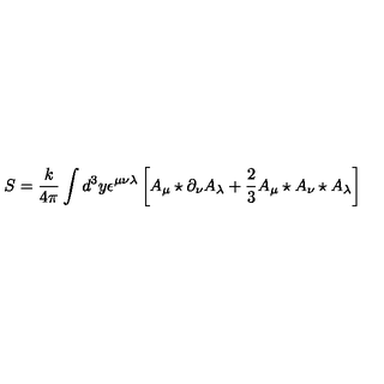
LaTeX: S = \frac { k } { 4 \pi } \int d ^ { 3 } y \epsilon ^ { \mu \nu \lambda } \left[ A _ { \mu } \star \partial _ { \nu } A _ { \lambda } + \frac { 2 } { 3 } A _ { \mu } \star A _ { \nu } \star A _ { \lambda } \right]